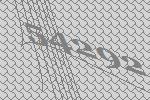
54292